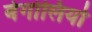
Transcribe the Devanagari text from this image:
बेर्गोलियो